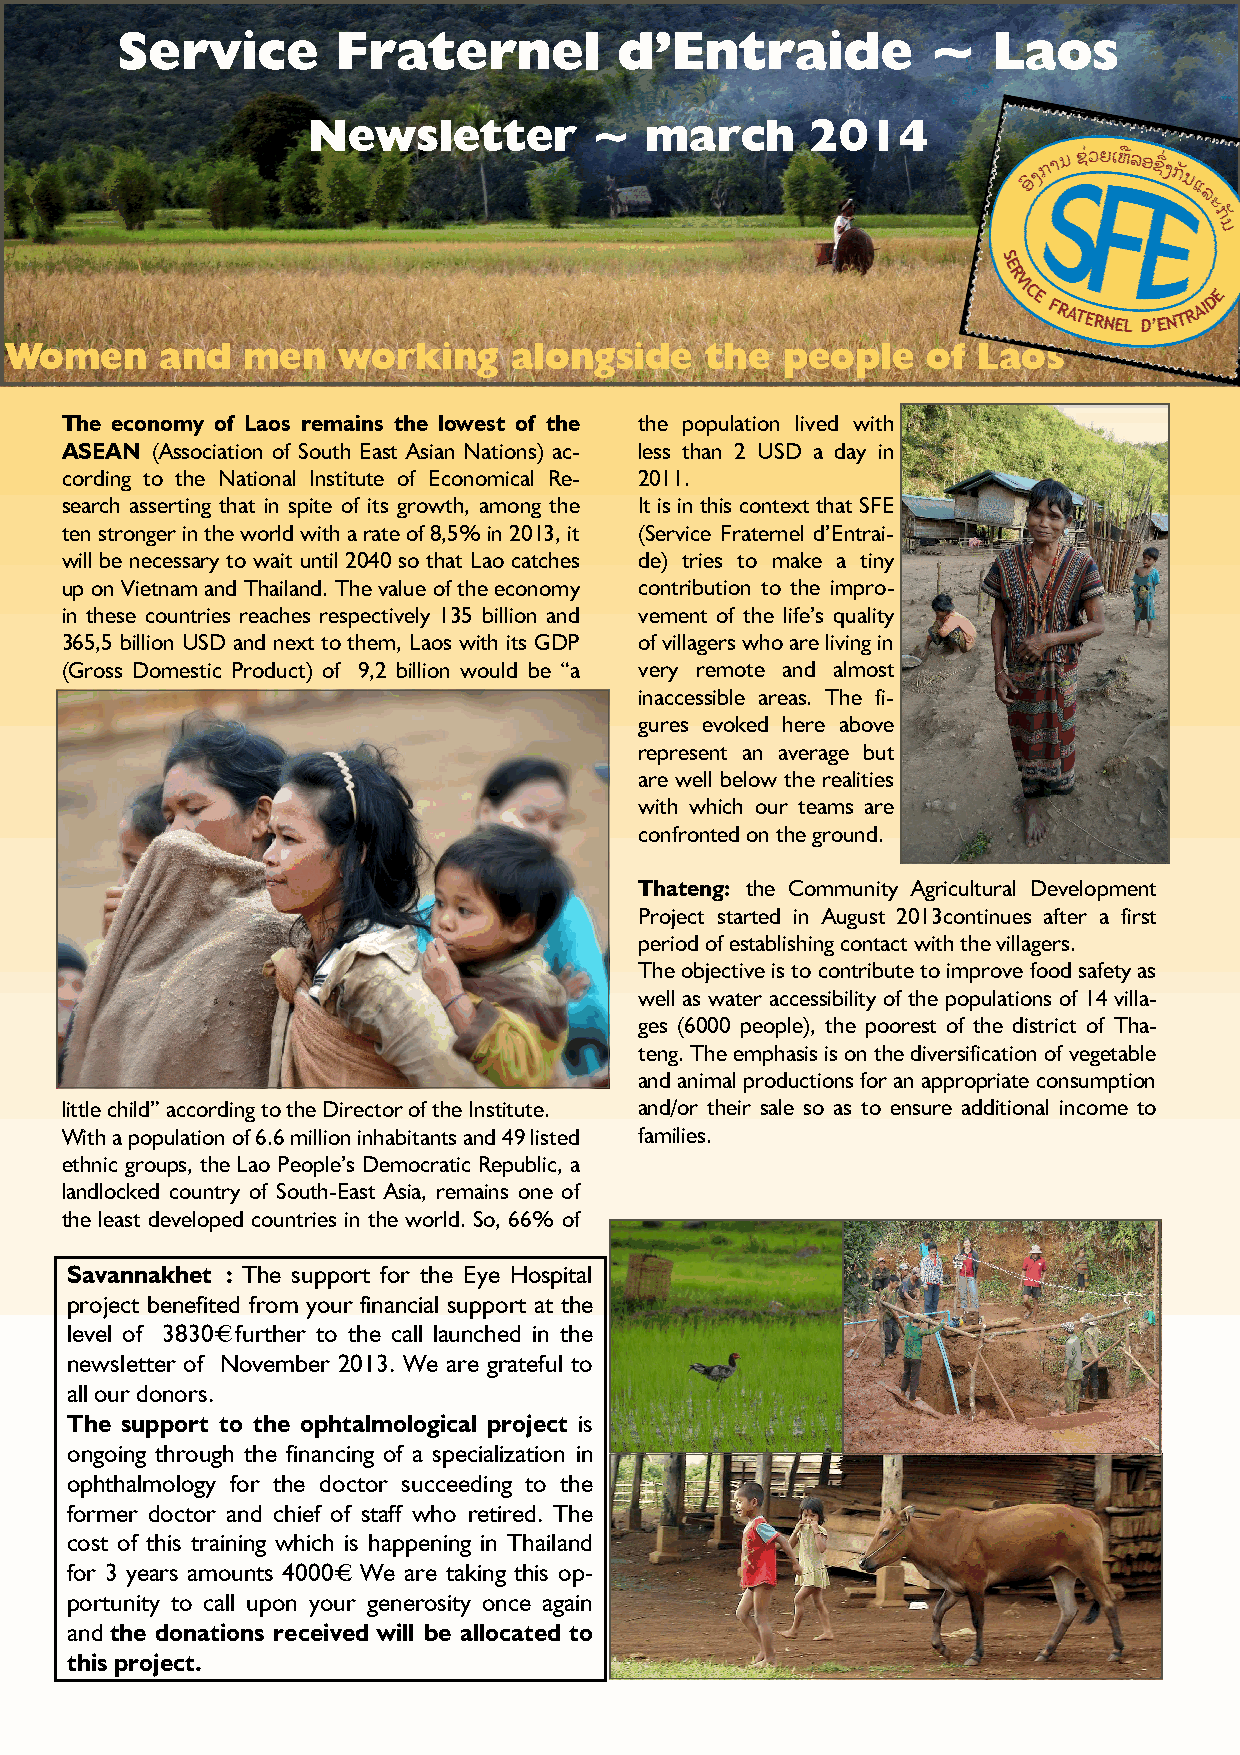
Service       Fraternel          d’Entraide           ~   Laos
 Newsletter         ~   march      2014
 Women      and  men   working     alongside    the  people   of  Laos
 The economy of Laos remains the lowest of the the population lived with
 ASEAN (Association of South East Asian Nations) ac- less than 2 USD a day in
 cording to the National Institute of Economical Re- 2011.
 search asserting that in spite of its growth, among the It is in this context that SFE
 ten stronger in the world with a rate of 8,5% in 2013, it (Service Fraternel d’Entrai-
 will be necessary to wait until 2040 so that Lao catches de) tries to make a tiny
 up on Vietnam and Thailand. The value of the economy contribution to the impro-
 in these countries reaches respectively 135 billion and vement of the life’s quality
 365,5 billion USD and next to them, Laos with its GDP of villagers who are living in
 (Gross Domestic Product) of 9,2 billion would be “a very remote and almost
 inaccessible areas. The fi-
 gures evoked here above
 represent an average but
 are well below the realities
 with which our teams are
 confronted on the ground.
 Thateng: the Community Agricultural Development
 Project started in August 2013continues after a first
 period of establishing contact with the villagers.
 The objective is to contribute to improve food safety as
 well as water accessibility of the populations of 14 villa-
 ges (6000 people), the poorest of the district of Tha-
 teng. The emphasis is on the diversification of vegetable
 and animal productions for an appropriate consumption
 little child” according to the Director of the Institute. and/or their sale so as to ensure additional income to
 With a population of 6.6 million inhabitants and 49 listed families.
 ethnic groups, the Lao People’s Democratic Republic, a
 landlocked country of South-East Asia, remains one of
 the least developed countries in the world. So, 66% of
 Savannakhet : The support for the Eye Hospital
 project benefited from your financial support at the
 level of 3830€ further to the call launched in the
 newsletter of November 2013. We are grateful to
 all our donors.
 The support to the ophtalmological project is
 ongoing through the financing of a specialization in
 ophthalmology for the doctor succeeding to the
 former doctor and chief of staff who retired. The
 cost of this training which is happening in Thailand
 for 3 years amounts 4000€ . We are taking this op-
 portunity to call upon your generosity once again
 and the donations received will be allocated to
 this project.